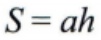
\(S = ah\)